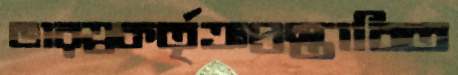
ভারত্রকর্তৃক্রপ্রস্তাবিত